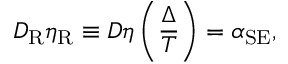
D _ { \mathrm { R } } \eta _ { \mathrm { R } } \equiv D \eta \left( \frac { \Delta } { T } \right) = \alpha _ { \mathrm { S E } } ,